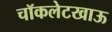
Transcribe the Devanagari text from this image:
चॉकलेटखाऊ